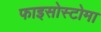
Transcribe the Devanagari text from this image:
फाइसोस्टोमा